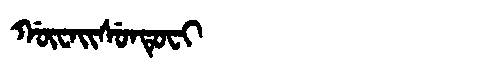
Manchu: ᡤᡡᠸᠠᡳᠰᡠᠨᡨᡠᠸᡳ
Romanization: GŪWAISUNTUFI